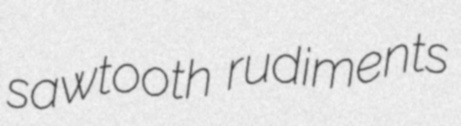
sawtooth rudiments